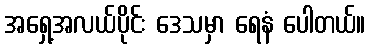
အရှေ့အလယ်ပိုင်း ဒေသမှာ ရေနံ ပေါတယ်။